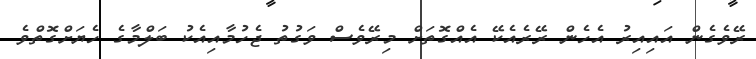
ރޭވެގެން އައިއިރު އެހެން ރޭރެއެކޭ އެއްގޮތަށް މިރޭވެސް ވަގުތު ޖެހުމާއިއެކު ބަލްމާގެ ހެޔަށްގޮތްވެ